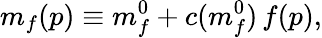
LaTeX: m_{f}(p)\equiv m_{f}^{0}+c(m_{f}^{0})\, f(p),